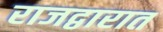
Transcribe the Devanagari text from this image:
राजद्वारात